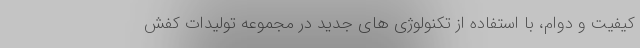
کیفیت و دوام، با استفاده از تکنولوژی های جدید در مجموعه تولیدات کفش